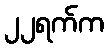
၂၂ရက်က